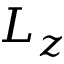
L _ { z }